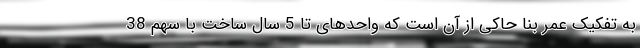
به تفکیک عمر بنا حاکی از آن است که واحدهای تا 5 سال ساخت با سهم 38